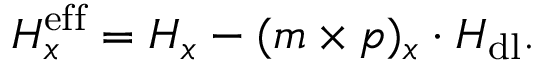
H _ { x } ^ { \mathrm { e f f } } = H _ { x } - ( \boldsymbol { m } \times \boldsymbol { p } ) _ { x } \cdot H _ { \mathrm { d l } } .